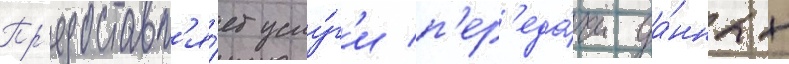
Пр'едоставл'я́ет услу́г'и п'ер'еда́чи да́нных